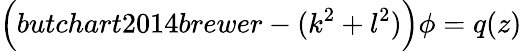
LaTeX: \Big(butchart2014brewer-(k^{2}+l^{2})\Big)\phi=q(z)